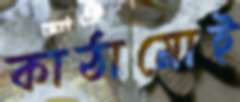
কাঠামোই